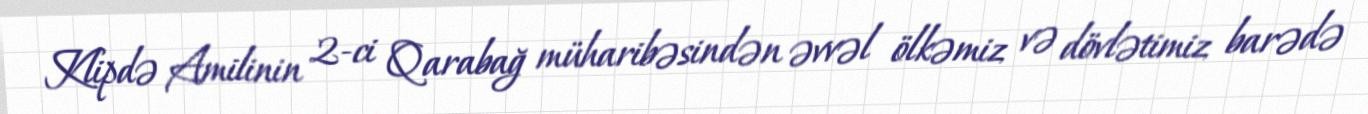
Klipdə Amilinin 2-ci Qarabağ müharibəsindən əvvəl ölkəmiz və dövlətimiz barədə